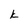
Character: k